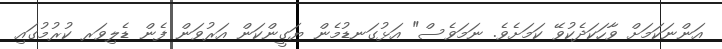
އަންނަކަމަށް ވާހަކަދެކުވޭ ކަމަށެވެ. ނަމަވެސް" އަޅުގަނޑުމެން ޔަގީންކަން އަރުވަން ފެން ޑެލިވަރ ކުރުމުގައި